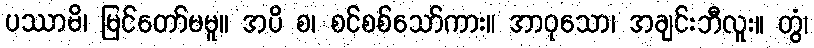
ပဿာမိ၊ မြင်တော်မမူ။ အပိ စ၊ စင်စစ်သော်ကား။ အာဝုသော၊ အချင်းဘီလူး။ တွံ၊